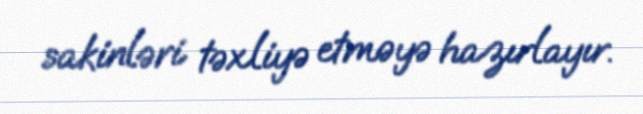
sakinləri təxliyə etməyə hazırlayır.